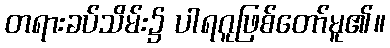
တရားခပ်သိမ်း၌ ပါရဂူဖြစ်တော်မူ၏။